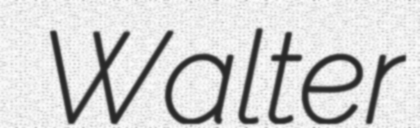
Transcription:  Walter